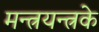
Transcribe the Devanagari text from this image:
मन्त्रयन्त्रके